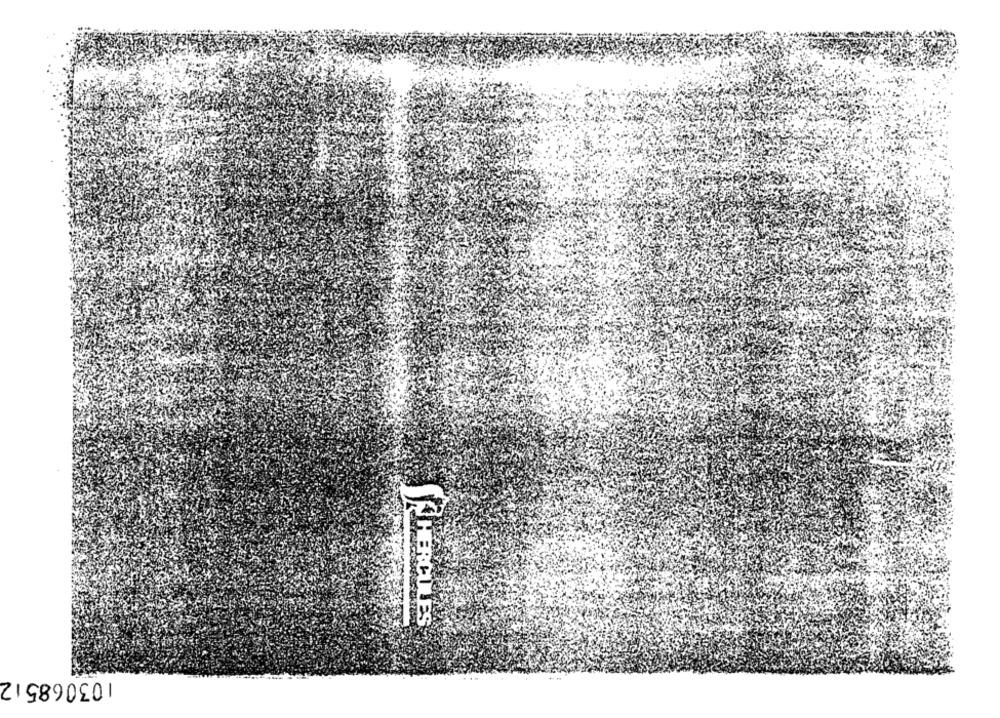
4 HERCULES
103068512